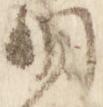
明